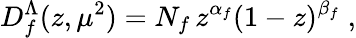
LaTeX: D_{f}^{\Lambda}(z,\mu^{2})=N_{f}\, z^{\alpha_{f}}(1-z)^{\beta_{f}}\; ,